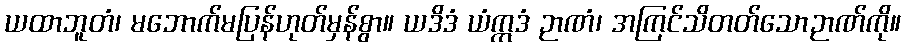
ယထာဘူတံ၊ မဘောက်မပြန်ဟုတ်မှန်စွာ။ ယဒိဒံ ယံဣဒံ ဉာဏံ၊ အကြင်သိတတ်သောဉာဏ်ကို။